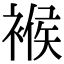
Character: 䙈